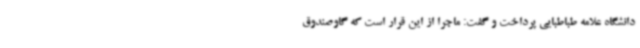
دانشگاه علامه طباطبایی پرداخت و گفت: ماجرا از این قرار است که گاوصندوق